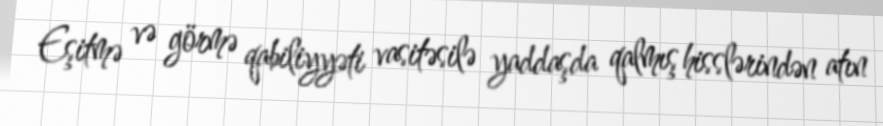
Eşitmə və görmə qabiliyyəti vasitəsilə yaddaşda qalmış hisslərindən atın